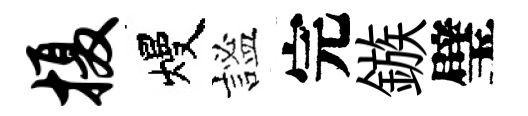
摄熳謐完鏃璧